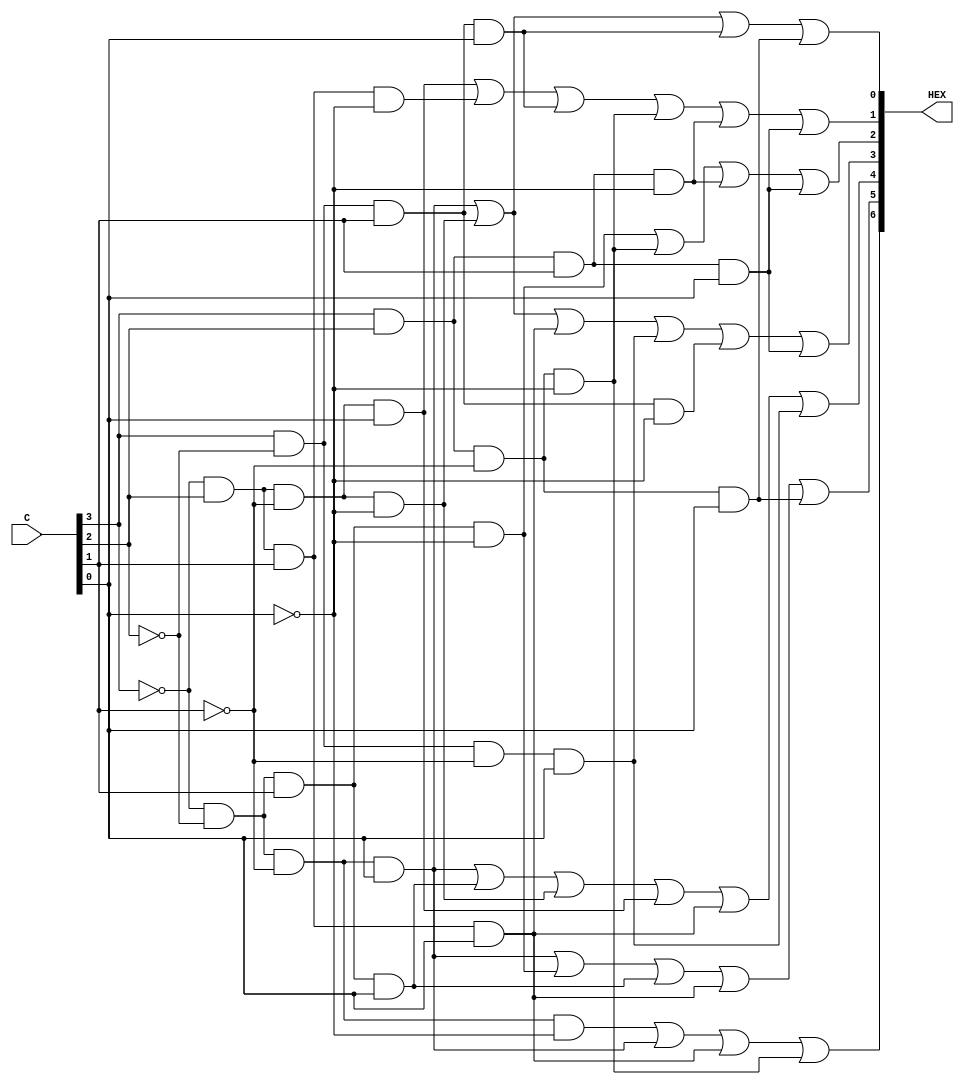
//Defines the seg7 display and the logic for when each led should be lit based on the input\s
module seg7(input [3:0]C, output [6:0]HEX);
	assign HEX[0] = ((~C[3] & ~C[2] & ~C[1] & C[0]) | (~C[3] & C[2] & ~C[1]  & ~C[0]) | (C[3] & ~C[2] & C[1] & C[0]) | (C[3] & C[2] & ~C[1] & C[0]));
	assign HEX[1] = ((~C[3] & C[2] & ~C[1] & C[0]) | (~C[3] & C[2] & C[1] & ~C[0]) | (C[3] & ~C[2] & C[1] & C[0]) | (C[3] & C[2] & ~C[1] & ~C[0]) | (C[3] & C[2] & C[1] & ~C[0]) | (C[3] & C[2] & C[1] & C[0]));
	assign HEX[2] = ((~C[3] & ~C[2] & C[1] & ~C[0]) | (C[3] & C[2] & ~C[1] & ~C[0]) | (C[3] & C[2] & C[1] & ~C[0]) | (C[3] & C[2] & C[1] & C[0]));
	assign HEX[3] = ((~C[3] & ~C[2] & ~C[1] & C[0]) | (~C[3] & C[2] & ~C[1] & ~C[0]) | (~C[3] & C[2] & C[1] & C[0]) | (C[3] & ~C[2] & ~C[1] & C[0]) | (C[3] & ~C[2] & C[1] & ~C[0]) | (C[3] & C[2] & C[1] & C[0]));
	assign HEX[4] = ((~C[3] & ~C[2] & ~C[1] & C[0]) | (~C[3] & ~C[2] & C[1] & C[0]) | (~C[3] & C[2] & ~C[1] & ~C[0]) | (~C[3] & C[2] & ~C[1] & C[0]) | (~C[3] & C[2] & C[1] & C[0]) | (C[3] & ~C[2] & ~C[1] & C[0]));
	assign HEX[5] = ((~C[3] & ~C[2] & ~C[1] & C[0]) | (~C[3] & ~C[2] & C[1] & ~C[0]) | (~C[3] & ~C[2] & C[1] & C[0]) | (~C[3] & C[2] & C[1] & C[0]) | (C[3] & C[2] & ~C[1] & C[0]));
	assign HEX[6] = ((~C[3] & ~C[2] & ~C[1] & ~C[0]) | (~C[3] & ~C[2] & ~C[1] & C[0]) | (~C[3] & C[2] & C[1] & C[0]) | (C[3] & C[2] & ~C[1] & ~C[0]));
endmodule

module seg7display(SW, ALUOut, HEX0, HEX1, HEX2, HEX3, HEX4, HEX5, LEDR);
	input [9:0]SW;
	input [7:0]ALUOut;
	output [6:0]HEX0, HEX1, HEX2, HEX3, HEX4, HEX5;
	output [7:0]LEDR;

	seg7 hex0(.C(SW[3:0]), .HEX(HEX0[6:0]));
	seg7 hex1(.C(4'b0000), .HEX(HEX1[6:0]));
	seg7 hex2(.C(4'b0000), .HEX(HEX2[6:0]));
	seg7 hex3(.C(4'b0000), .HEX(HEX3[6:0]));
	seg7 hex4(.C(ALUOut[3:0]), .HEX(HEX4[6:0]));
	seg7 hex5(.C(ALUOut[7:4]), .HEX(HEX5[6:0]));
	assign LEDR=ALUOut;
endmodule